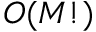
O ( M ! )